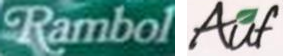
Rambol Auf